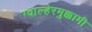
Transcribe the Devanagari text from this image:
ग्वाल्हेरमुक्कामी